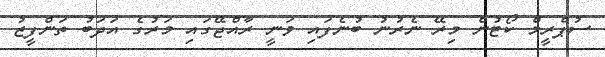
ސުޕްރީމް ކޯޓުން މިރޭ ނެރުނު ބުނެފައި ވަނީ ރާއްޖޭގައި މަރުގެ އަދަބު ތަންފީޒު